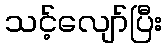
သင့်လျော်ပြီး